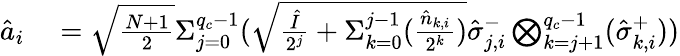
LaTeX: \begin{array}{rl}{\hat{a}_{i}}&{{}=\sqrt{\frac{N+1}{2}}{\Sigma}_{j=0}^{q_{c}-1}(\sqrt{\frac{\hat{I}}{2^{j}}+{\Sigma}_{k=0}^{j-1}(\frac{\hat{n}_{k,i}}{2^{k}})}\hat{\sigma}_{j,i}^{-}\bigotimes_{k=j+1}^{q_{c}-1}(\hat{\sigma}_{k,i}^{+}))}\end{array}